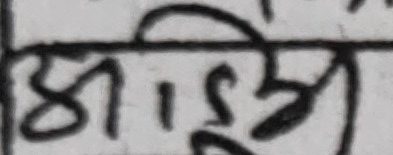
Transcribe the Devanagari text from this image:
अभि